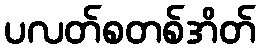
ပလတ်စတစ်အိတ်